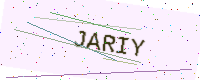
Text: JARIY